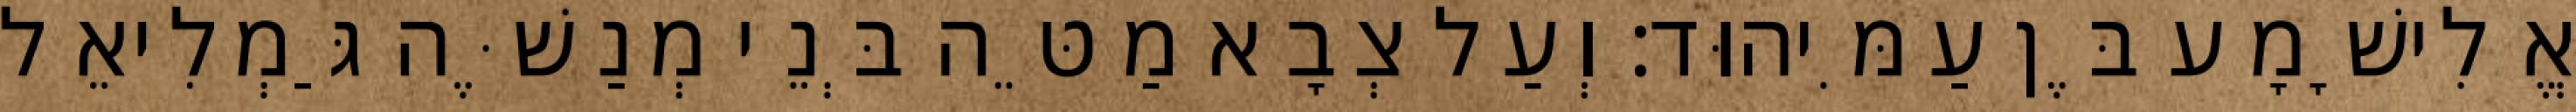
אֱלִישָׁמָע בֶּן עַמִּיהוּד׃ וְעַל צְבָא מַטֵּה בְּנֵי מְנַשֶּׁה גַּמְלִיאֵל